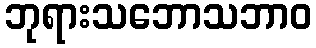
ဘုရားသဘောသဘာဝ